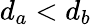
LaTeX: d_{a}<d_{b}